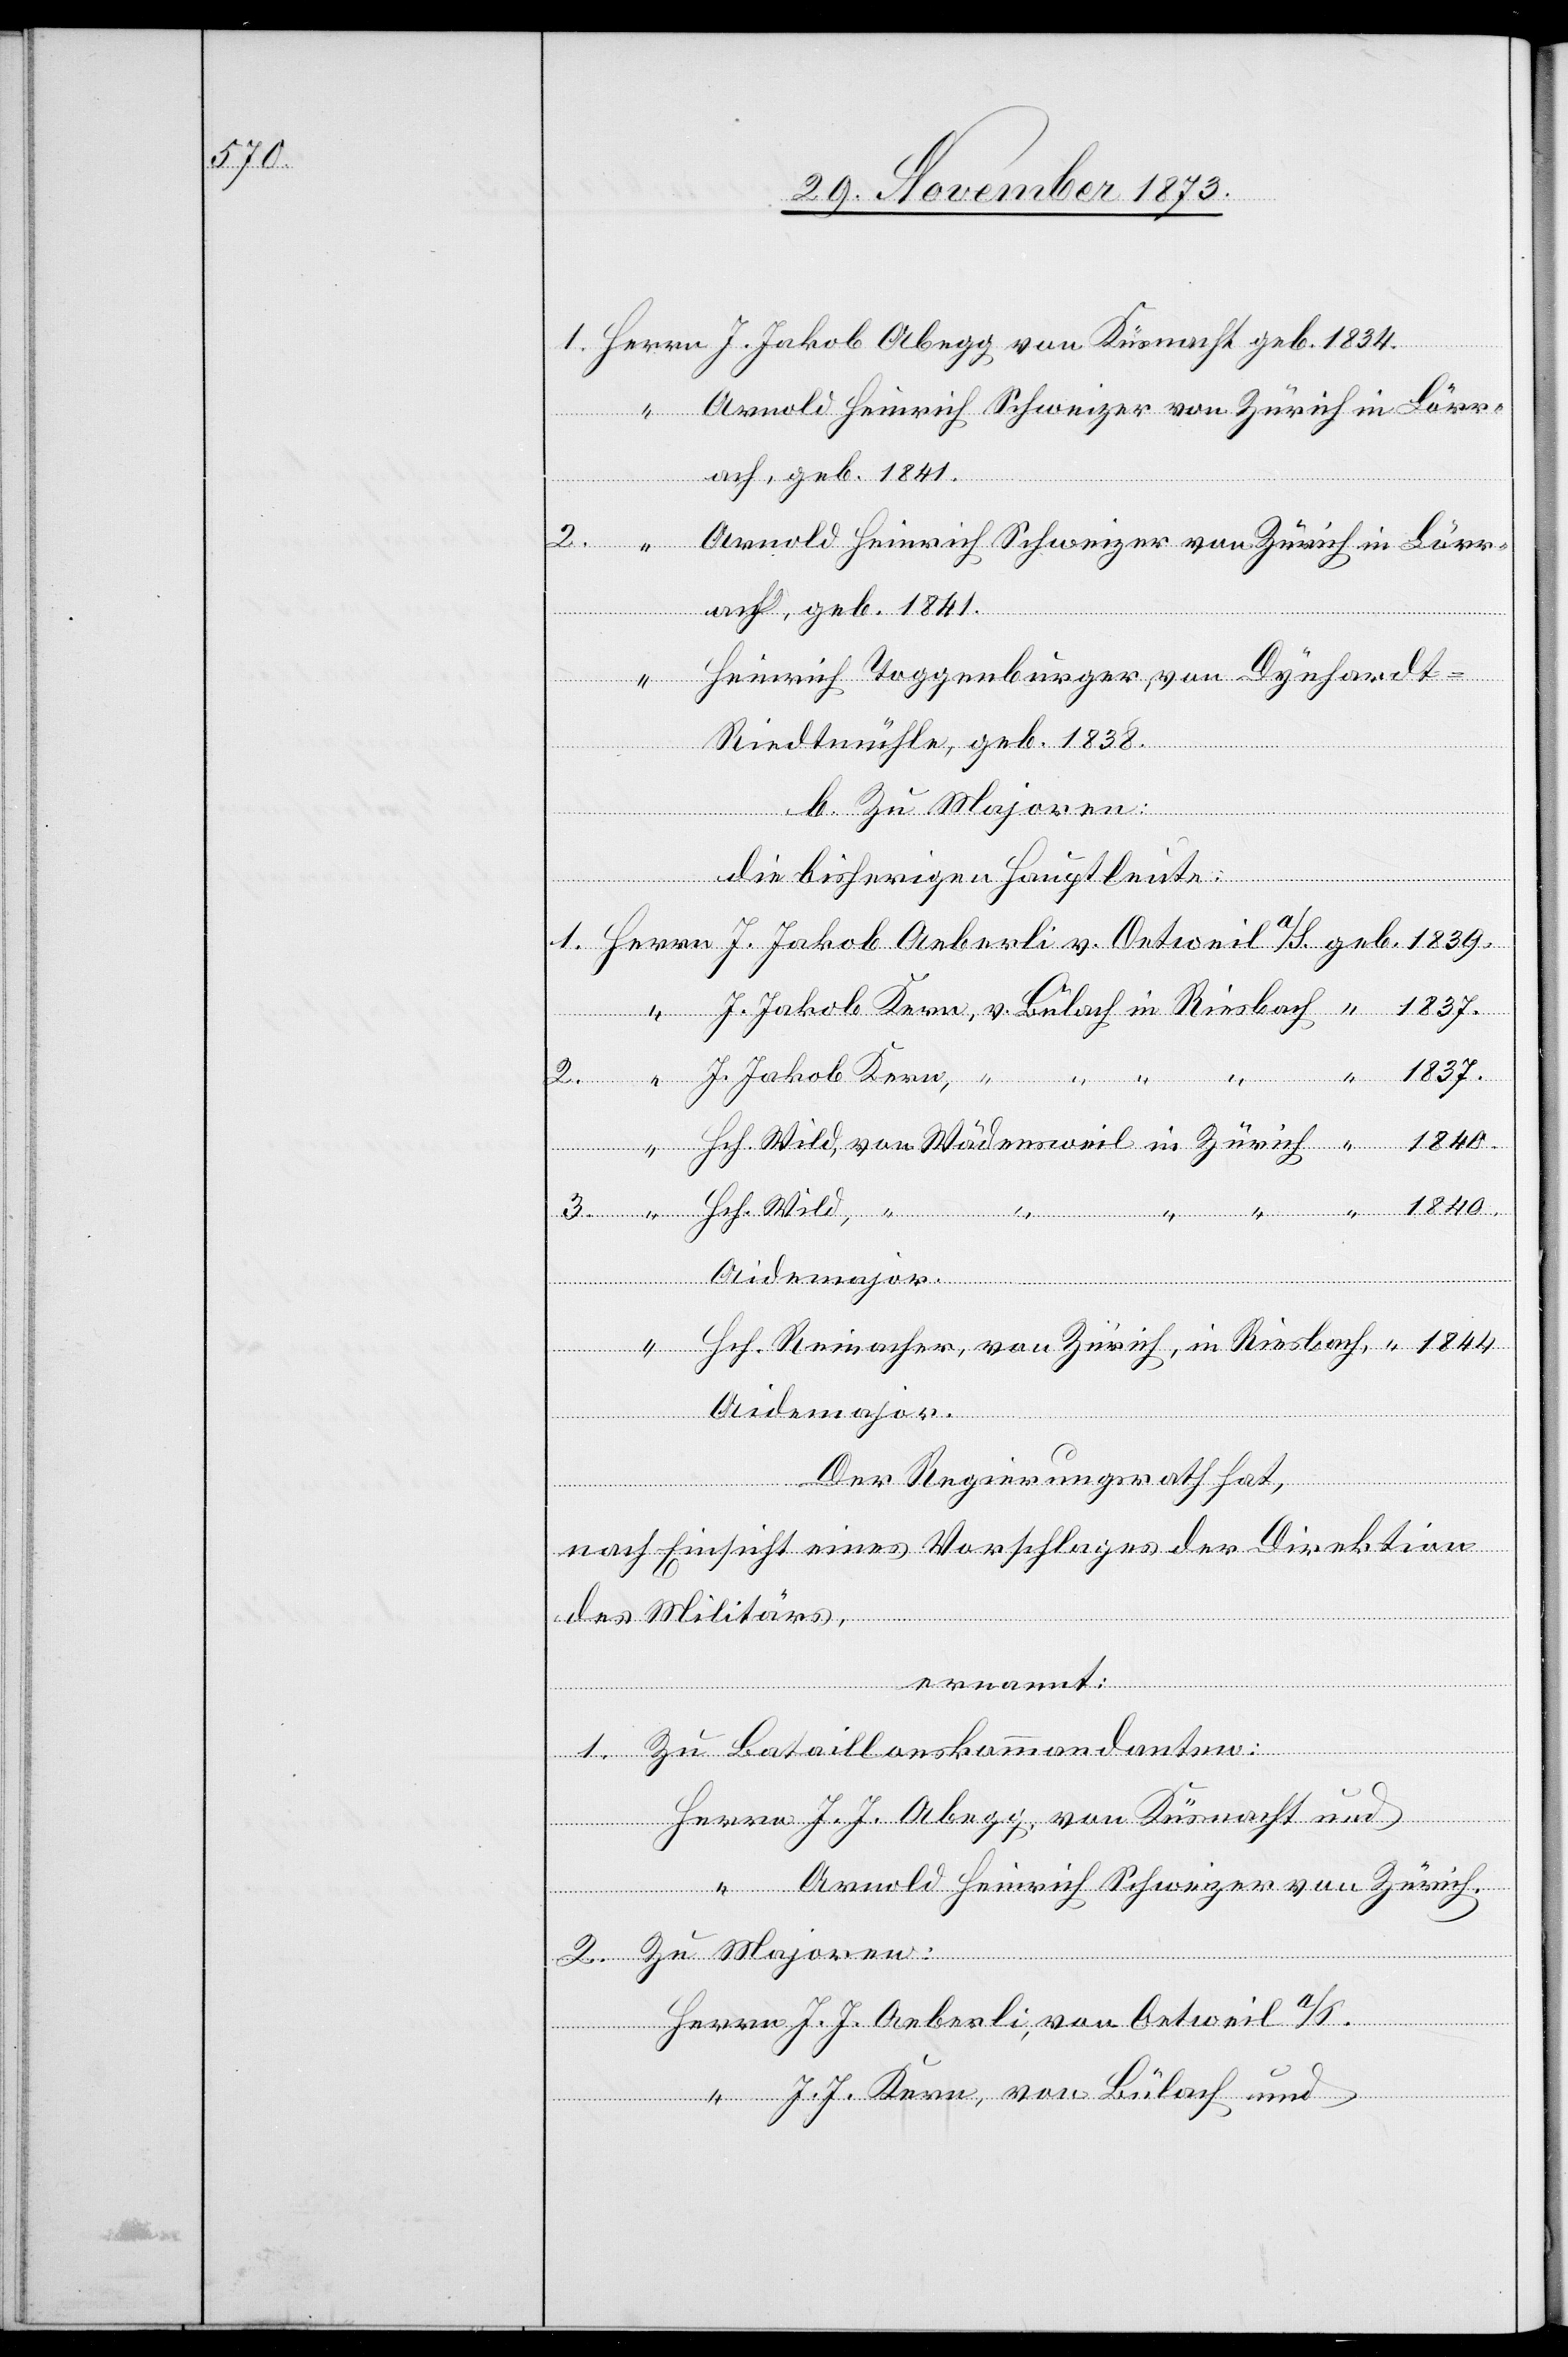
Wild,

1840.

1. Herrn J. Jakob Abegg von Küsnacht geb. 1834.
“ Arnold Heinrich Schweizer von Zürich in Lörr¬
ach, geb. 1841.
2. “ Arnold Heinrich Schweizer von Zürich in Lörr¬
ach, geb. 1841.
“ Heinrich Toggenburger von Dynhardt
Riedtmühle, geb. 1838.
b. Zu Majoren:
die bisherigen Hauptleute:
1. Herrn J. Jakob Aeberli v. Oetweil a/S. geb. 1839.
“ J. Jakob Kern, v. Bülach in Riesbach “ 1837.
“ “ 1837.
2. “ J. Jakob Kern, “ “ “
“ Hch. Wild, von Wädensweil in Zürich “ 1840.
Aidemajor.
“ Hch. Reinacher, von Zürich, in Riesbach “ 1844
Der Regierungsrath hat,
nach Einsicht eines Vorschlages der Direktion
des Militärs,
ernannt:
1. Zu Bataillonskommandanten:
Herrn J. J. Abegg, von Küsnacht und
“ Arnold Heinrich Schweizer von Zürich.
2. Zu Majoren:
Herrn J. J. Aeberli, von Oetweil a/S.
“ J. J. Kern, von Bülach und